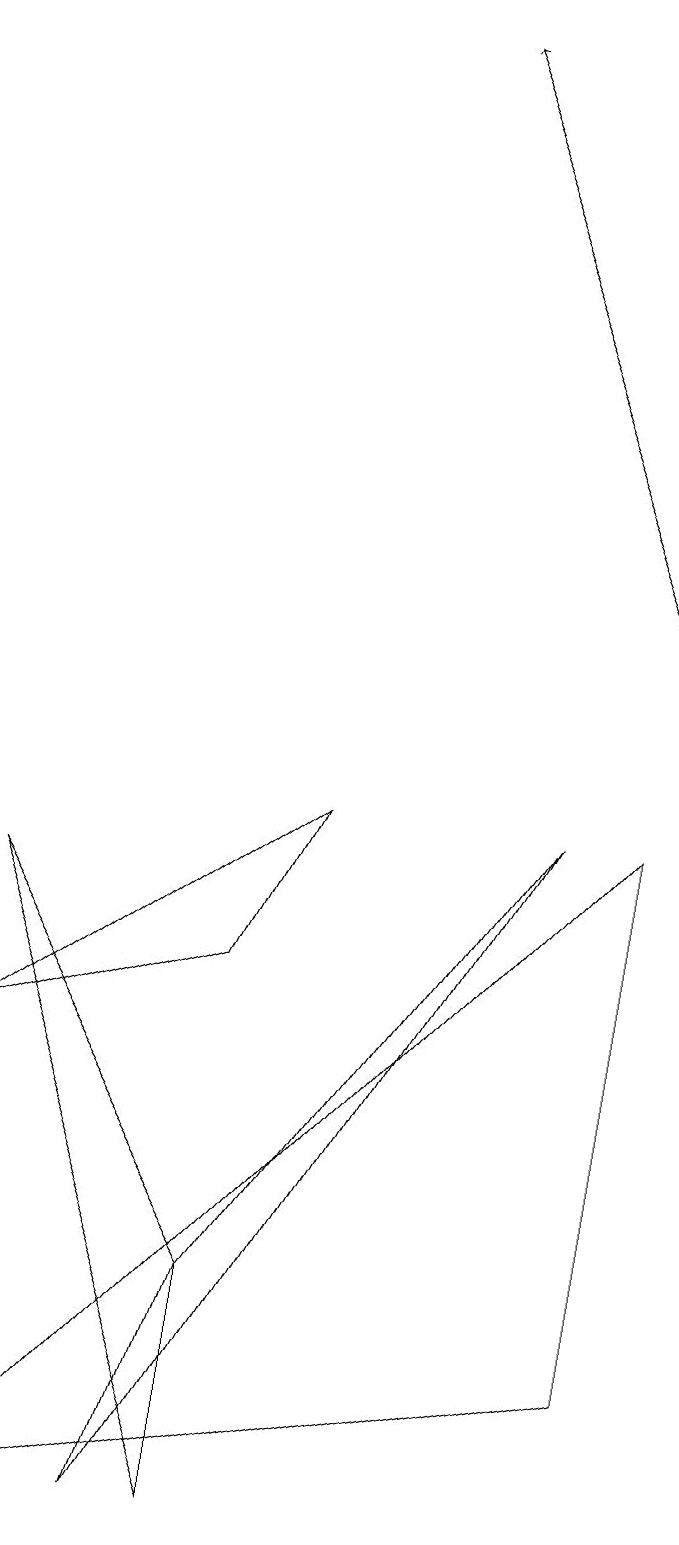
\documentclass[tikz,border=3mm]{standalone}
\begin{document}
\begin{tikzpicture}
\draw (7,9) -- (3,3) -- (2,0) -- cycle;
\draw[->] (8,12) -- (5,19);
\draw (3,3) -- (0,8) -- (3,0) -- cycle;
\draw (8,9) -- (8,2) -- (0,0) -- cycle;
\draw (4,9) -- (0,6) -- (3,7) -- cycle;
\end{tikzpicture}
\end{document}